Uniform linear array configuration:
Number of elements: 12
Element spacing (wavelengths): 0.25
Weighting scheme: exponential
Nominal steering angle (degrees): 0
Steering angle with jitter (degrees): -0.2101
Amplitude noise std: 0.05
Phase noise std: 0.05

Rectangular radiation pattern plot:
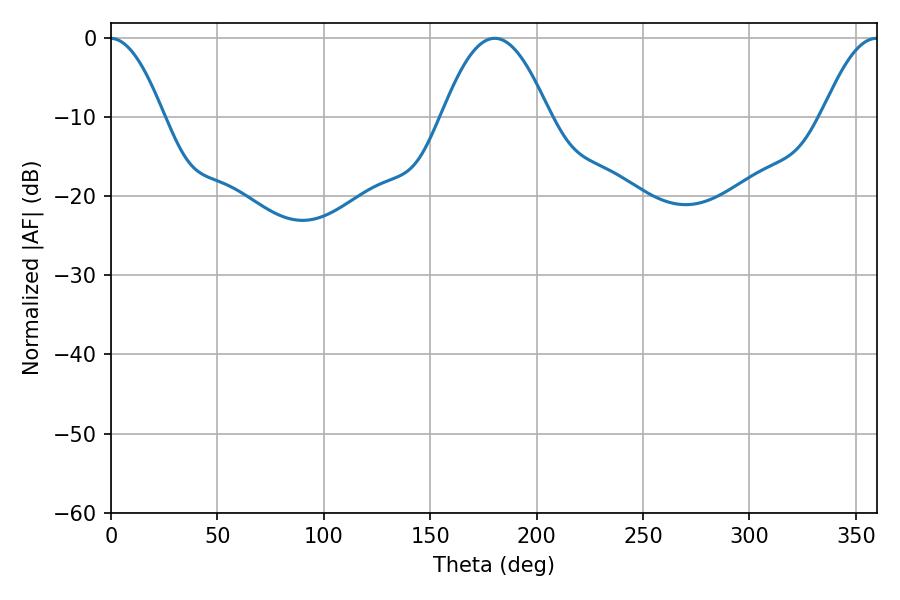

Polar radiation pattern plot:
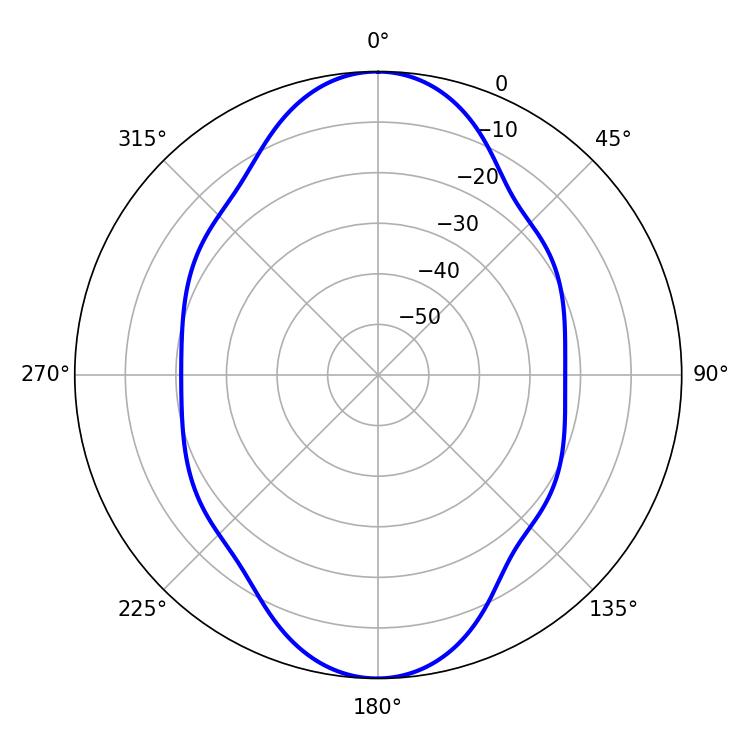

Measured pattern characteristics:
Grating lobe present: FALSE
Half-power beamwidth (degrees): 27.54
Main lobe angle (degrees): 180.36